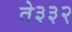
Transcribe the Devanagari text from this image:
ते३३२